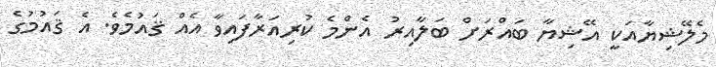
މެލޭޝިޔާއަކީ އޭޝިޔާ ބައްރަށް ބަލާއިރު އެންމެ ކުރިއަރާފައިވާ އެއް ޤައުމެވެ. އެ ޤައުމުގެ